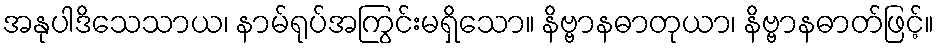
အနုပါဒိသေသာယ၊ နာမ်ရုပ်အကြွင်းမရှိသော။ နိဗ္ဗာနဓာတုယာ၊ နိဗ္ဗာနဓာတ်ဖြင့်။